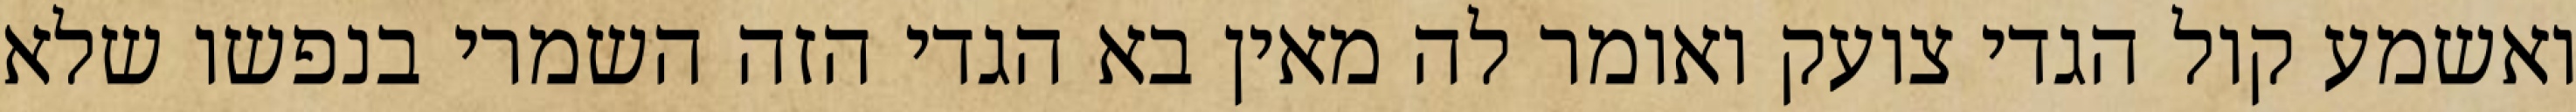
ואשמע קול הגדי צועק ואומר לה מאין בא הגדי הזה השמרי בנפשו שלא